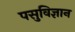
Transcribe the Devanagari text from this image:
पसुविज्ञान